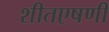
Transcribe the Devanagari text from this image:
शीतएषणी